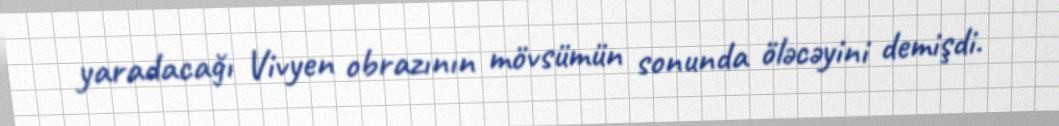
yaradacağı Vivyen obrazının mövsümün sonunda öləcəyini demişdi.